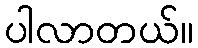
ပါလာတယ်။